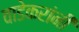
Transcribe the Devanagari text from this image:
वाडेकरांनी